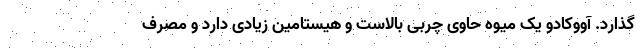
گذارد. آووکادو یک میوه حاوی چربی بالاست و هیستامین زیادی دارد و مصرف